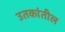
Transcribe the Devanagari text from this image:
उतकांतील